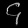
Digit: ၄